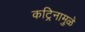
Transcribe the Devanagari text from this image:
कट्रिनामुळे